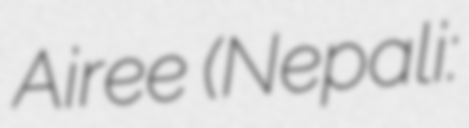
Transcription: Airee (Nepali: